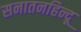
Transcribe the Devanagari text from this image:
सनातनहिन्दू